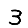
Digit: 3